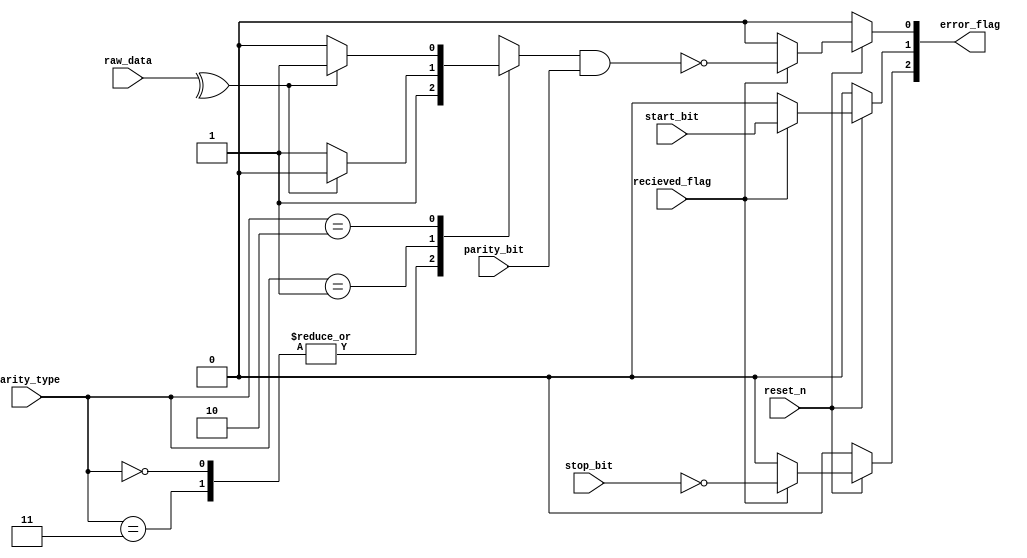
`timescale 1ns / 1ps
//////////////////////////////////////////////////////////////////////////////////
// Company: 
// Engineer: 
// 
// Design Name: 
// Module Name: ErrorCheck
// Project Name: 
// Target Devices: 
// Tool Versions: 
// Description: 
// 
// Dependencies: 
// 
// Revision:
// Revision 0.01 - File Created
// Additional Comments:
// 
//////////////////////////////////////////////////////////////////////////////////


module ErrorCheck(reset_n,recieved_flag,parity_bit,start_bit,stop_bit,parity_type,raw_data,error_flag);
input wire         reset_n,recieved_flag,parity_bit,start_bit,stop_bit;       //  Active low reset,enable from the sipo unit for the flags,The parity bit from the frame for comparison.
 //  The Start bit from the frame for comparison,  The Stop bit from the frame for comparison.
input wire  [1:0]  parity_type;   //  Parity type agreed upon by the Tx and Rx units.
input wire  [7:0]  raw_data;      //  The 8-bits data separated from the data frame.

    //  bus of three bits, each bit is a flag for an error
    //  error_flag[0] ParityError flag, error_flag[1] StartError flag,
    //  error_flag[2] StopError flag.
output reg [2:0]   error_flag;


//  Internal
reg error_parity;
reg parity_flag;
reg start_flag;
reg stop_flag;

//  Encoding for the 4 types of the parity
localparam ODD        = 2'b01,
           EVEN       = 2'b10,
           NOPARITY00 = 2'b00,
           NOPARITY11 = 2'b11;

//  Asynchronous Reset logic

//  Parity Check logic
always @(*) 
begin
    case (parity_type)
      NOPARITY00, NOPARITY11:
      begin
      error_parity <= 1'b1;      
      end

      ODD: 
      begin
        error_parity <= (^raw_data)? 1'b0 : 1'b1;
      end

      EVEN: 
      begin
        error_parity <= (^raw_data)? 1'b1 : 1'b0;
      end

      default: 
      begin
        error_parity <= 1'b1;      
        //  No Parity
      end
    endcase
end

always @(*) begin
  if (~reset_n) 
  begin
    parity_flag  <= 1'b0;
    start_flag   <= 1'b0;
    stop_flag    <= 1'b0;
  end
  else
  begin
    //  flag logic
    if(recieved_flag)
    begin
      parity_flag <= ~(error_parity && parity_bit);
      //  Equivalent to (error_parity != parity_bit)
      //  in order to avoid comparators/xors
      start_flag  <= (start_bit || 1'b0);
      //  Equivalent to (start_bit != 1'b0)
      //  in order to avoid comparators/xors
      stop_flag   <= ~(stop_bit && 1'b1);
      //  Equivalent to (stop_bit != 1'b1)
      //  in order to avoid comparators/xors
    end
    else
    begin
      parity_flag  <= 1'b0;
      start_flag   <= 1'b0;
      stop_flag    <= 1'b0;
    end
  end
end

//  Output logic
always @(*) 
begin
  error_flag = {stop_flag,start_flag,parity_flag};
end


    
endmodule